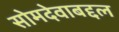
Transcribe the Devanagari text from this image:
सोमदेवाबद्दल